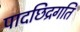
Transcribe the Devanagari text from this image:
पादछिद्रगति